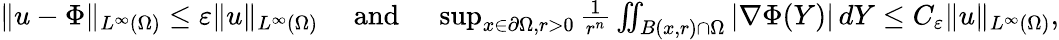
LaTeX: \begin{array}{r}{\| u-\Phi\| _{L^{\infty}(\Omega)}\le\varepsilon\| u\| _{L^{\infty}(\Omega)}\quad\mathrm{~and~}\quad\operatorname*{sup}_{x\in\partial\Omega,r>0}\frac{1}{r^{n}}\iint_{B(x,r)\cap\Omega}|\nabla\Phi(Y)|\, dY\le C_{\varepsilon}\| u\| _{L^{\infty}(\Omega)},}\end{array}